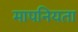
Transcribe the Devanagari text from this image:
मापनियता